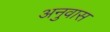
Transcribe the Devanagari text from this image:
अनुवास